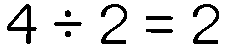
4 ÷ 2 = 2